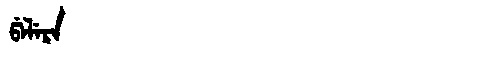
Manchu: ᡦᡝᠯᡝᡵᡝ
Romanization: PELERE